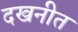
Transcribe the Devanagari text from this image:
दखनीत